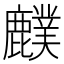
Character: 𪋡